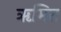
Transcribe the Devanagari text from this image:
ॠमित